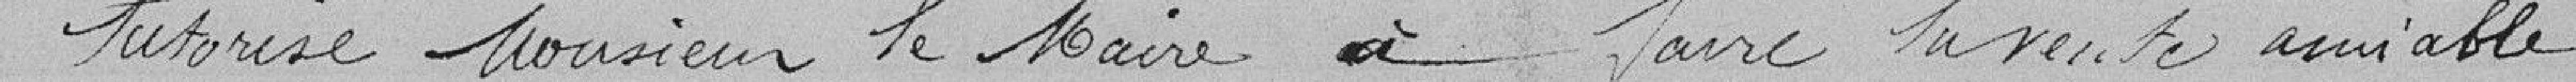
Autorise Monsieur le Maire à faire la vente amiable